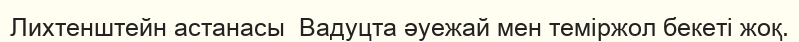
Лихтенштейн астанасы  Вадуцта әуежай мен теміржол бекеті жоқ.